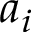
a _ { i }